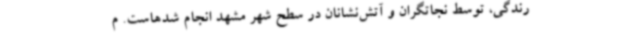
رندگی، توسط نجاتگران و آتش‌نشانان در سطح شهر مشهد انجام شدهاست. م